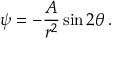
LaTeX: \psi = - { \frac { A } { r ^ { 2 } } } \sin 2 \theta \, .